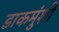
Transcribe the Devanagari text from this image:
डाकमुंशी